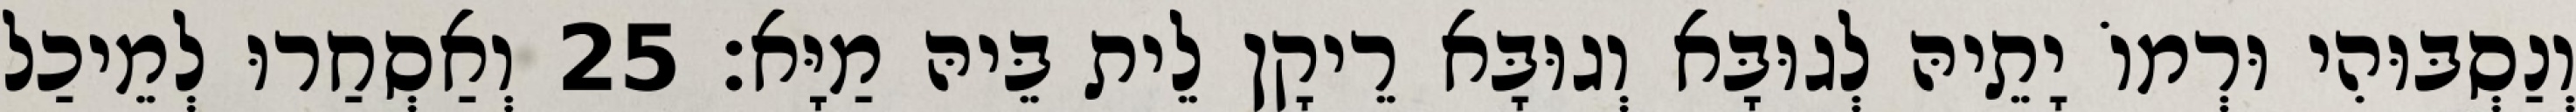
וְנַסְבּוּהִי וּרְמוֹ יָתֵיהּ לְגוּבָּא וְגוּבָּא רֵיקָן לֵית בֵּיהּ מַיָּא׃ 25 וְאַסְחַרוּ לְמֵיכַל